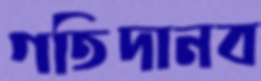
গতিদানব